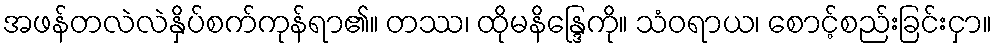
အဖန်တလဲလဲနှိပ်စက်ကုန်ရာ၏။ တဿ၊ ထိုမနိန္ဒြေကို။ သံဝရာယ၊ စောင့်စည်းခြင်းငှာ။